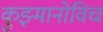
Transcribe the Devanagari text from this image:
कुझ्मानोविच